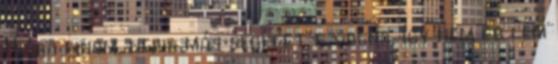
Hiába finom, nekik más segített volna, így nem értem